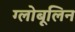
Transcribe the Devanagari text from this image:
ग्लोबूलिन